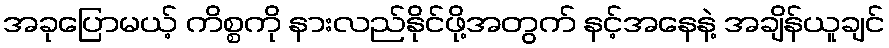
အခုပြောမယ့် ကိစ္စကို နားလည်နိုင်ဖို့အတွက် နင့်အနေနဲ့ အချိန်ယူချင်